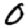
Digit: 0